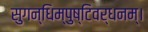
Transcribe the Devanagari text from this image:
सुगन्धिम्पुष्टिवर्धनम्‌।